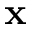
{ \bf x }